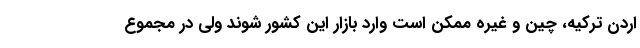
اردن ترکیه، چین و غیره ممکن است وارد بازار این کشور شوند ولی در مجموع